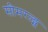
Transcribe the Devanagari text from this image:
सीमरल्ड्स